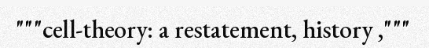
"""cell-theory: a restatement, history ,"""